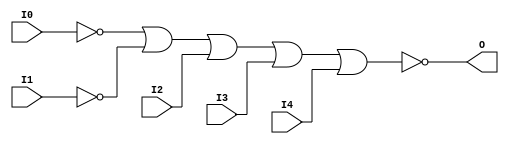
// $Header: /devl/xcs/repo/env/Databases/CAEInterfaces/verunilibs/data/unisims/NOR5B2.v,v 1.6 2007/05/23 21:43:39 patrickp Exp $
///////////////////////////////////////////////////////////////////////////////
// Copyright (c) 1995/2004 Xilinx, Inc.
// All Right Reserved.
///////////////////////////////////////////////////////////////////////////////
//   ____  ____
//  /   /\/   /
// /___/  \  /    Vendor : Xilinx
// \   \   \/     Version : 10.1
//  \   \         Description : Xilinx Functional Simulation Library Component
//  /   /                  5-input NOR Gate
// /___/   /\     Filename : NOR5B2.v
// \   \  /  \    Timestamp : Thu Mar 25 16:42:59 PST 2004
//  \___\/\___\
//
// Revision:
//    03/23/04 - Initial version.
//    05/23/07 - Changed timescale to 1 ps / 1 ps.
//    05/23/07 - Added wire declaration for internal signals.

`timescale  1 ps / 1 ps


module NOR5B2 (O, I0, I1, I2, I3, I4);

    output O;

    input  I0, I1, I2, I3, I4;

    wire i0_inv;
    wire i1_inv;

    not N1 (i1_inv, I1);
    not N0 (i0_inv, I0);
    nor O1 (O, i0_inv, i1_inv, I2, I3, I4);


endmodule